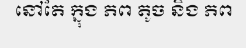
នៅតែ ក្នុង ភព តូច និង ភព